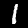
Label: 1